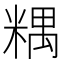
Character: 𥻑